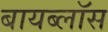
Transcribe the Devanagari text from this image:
बायब्लॉस